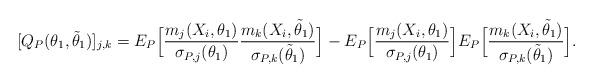
LaTeX: \begin{align*}[Q_P(\theta_1,\tilde\theta_1)]_{j,k}=E_P\Big[\frac{m_j(X_i,\theta_1)}{\sigma_{P,j}(\theta_1)}\frac{m_k(X_i,\tilde \theta_1)}{\sigma_{P,k}(\tilde \theta_1)}\Big]-E_P\Big[\frac{m_j(X_i,\theta_1)}{\sigma_{P,j}(\theta_1)}\Big]E_P\Big[\frac{m_k(X_i,\tilde\theta_1)}{\sigma_{P,k}(\tilde \theta_1)}\Big].\end{align*}